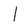
Character: l